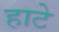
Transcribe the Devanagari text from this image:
हाटे